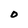
Character: O